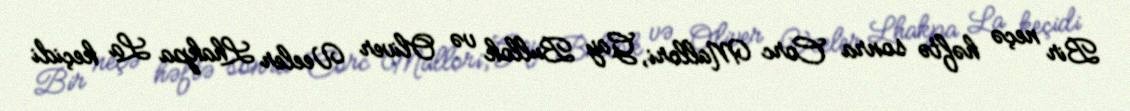
Bir neçə həftə sonra Corc Mallori, Gay Bullok və Oliver Veeler Lhakpa La keçidi